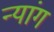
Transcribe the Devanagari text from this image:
न्यांग